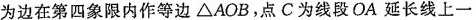
为边在第四象限内作等边\triangleAOB，点C为线段OA延长线上一